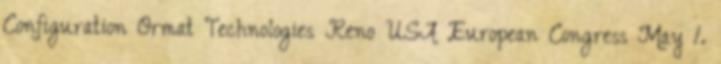
Configuration Ormat Technologies Reno USA European Congress May 1.